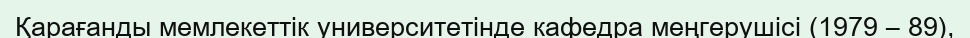
Қарағанды мемлекеттік университетінде кафедра меңгерушісі (1979 – 89),